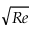
\sqrt { R e }